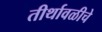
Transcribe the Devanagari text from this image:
तीर्थावळीचे